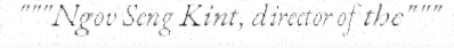
"""Ngov Seng Kint, director of the"""